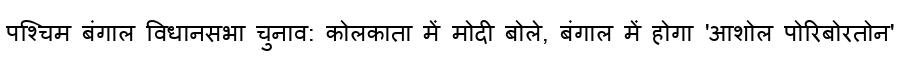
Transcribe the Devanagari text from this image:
पश्चिम बंगाल विधानसभा चुनाव: कोलकाता में मोदी बोले, बंगाल में होगा 'आशोल पोरिबोरतोन'